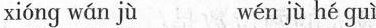
xióng wán jù wén jù hé guì